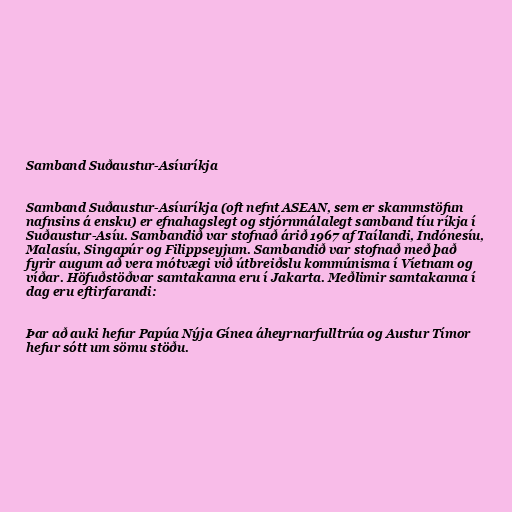
Samband Suðaustur-Asíuríkja

Samband Suðaustur-Asíuríkja (oft nefnt ASEAN, sem er skammstöfun
nafnsins á ensku) er efnahagslegt og stjórnmálalegt samband tíu ríkja í
Suðaustur-Asíu. Sambandið var stofnað árið 1967 af Taílandi, Indónesíu,
Malasíu, Singapúr og Filippseyjum. Sambandið var stofnað með það
fyrir augum að vera mótvægi við útbreiðslu kommúnisma í Víetnam og
víðar. Höfuðstöðvar samtakanna eru í Jakarta. Meðlimir samtakanna í
dag eru eftirfarandi:

Þar að auki hefur Papúa Nýja Gínea áheyrnarfulltrúa og Austur Tímor
hefur sótt um sömu stöðu.